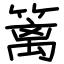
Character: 篱